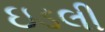
ઇડલી